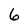
Character: 6